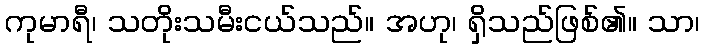
ကုမာရီ၊ သတိုးသမီးငယ်သည်။ အဟု၊ ရှိသည်ဖြစ်၏။ သာ၊